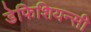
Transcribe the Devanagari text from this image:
डेफिशियन्सी